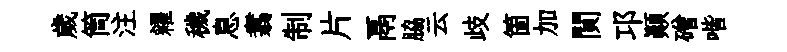
歲筒注糴穢息翥制片鬲脇云歧箇加閴邛顛磳喈